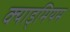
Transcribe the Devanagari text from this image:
क्याड्मियम